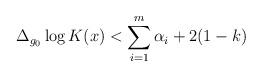
LaTeX: \begin{align*} \Delta_{g_0} \log K (x)< \sum_{i=1}^m\alpha_i +2(1-k)\end{align*}